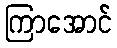
ကြာအောင်